Malaria in India - Number 2
Disease focus: Malaria
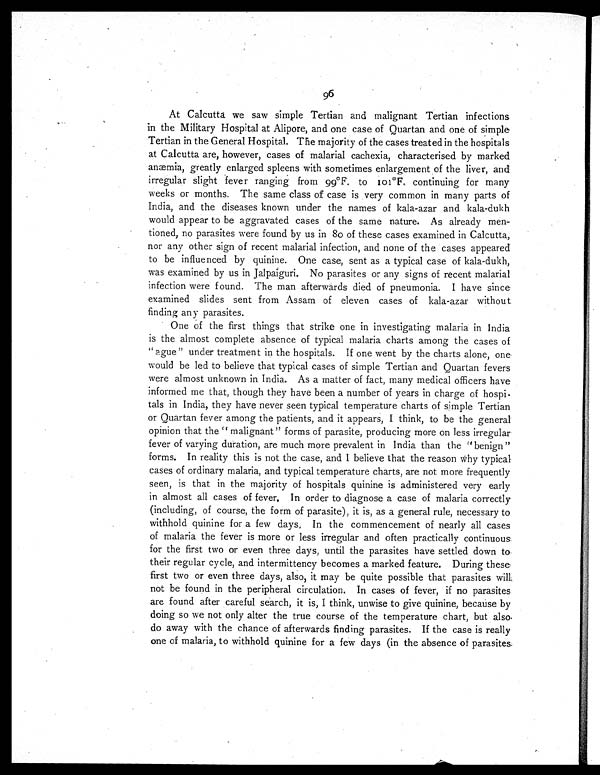
96
At Calcutta we saw simple Tertian and malignant Tertian infections
in the Military Hospital at Alipore, and one case of Quartan and one of simple
Tertian in the General Hospital. The majority of the cases treated in the hospitals
at Calcutta are, however, cases of malarial cachexia, characterised by marked
anæmia, greatly enlarged spleens with sometimes enlargement of the liver, and
irregular slight fever ranging from 99°F. to 101°F. continuing for many
weeks or months. The same class of case is very common in many parts of
India, and the diseases known under the names of kala-azar and kala-dukh
would appear to be aggravated cases of the same nature. As already men-
tioned, no parasites were found by us in 80 of these cases examined in Calcutta,
nor any other sign of recent malarial infection, and none of the cases appeared
to be influenced by quinine. One case, sent as a typical case of kala-dukh,
was examined by us in Jalpaiguri. No parasites or any signs of recent malarial
infection were found. The man afterwards died of pneumonia. I have since
examined slides sent from Assam of eleven cases of kala-azar without
finding any parasites.
One of the first things that strike one in investigating malaria in India
is the almost complete absence of typical malaria charts among the cases of
"ague" under treatment in the hospitals. If one went by the charts alone, one
would be led to believe that typical cases of simple Tertian and Quartan fevers
were almost unknown in India. As a matter of fact, many medical officers have
informed me that, though they have been a number of years in charge of hospi-
tals in India, they have never seen typical temperature charts of simple Tertian
or Quartan fever among the patients, and it appears, I think, to be the general
opinion that the "malignant" forms of parasite, producing more on less irregular
fever of varying duration, are much more prevalent in India than the "benign"
forms. In reality this is not the case, and I believe that the reason why typical
cases of ordinary malaria, and typical temperature charts, are not more frequently
seen, is that in the majority of hospitals quinine is administered very early
in almost all cases of fever. In order to diagnose a case of malaria correctly
(including, of course, the form of parasite), it is, as a general rule, necessary to
withhold quinine for a few days. In the commencement of nearly all cases
of malaria the fever is more or less irregular and often practically continuous
for the first two or even three days, until the parasites have settled down to
their regular cycle, and intermittency becomes a marked feature. During these
first two or even three days, also, it may be quite possible that parasites will
not be found in the peripheral circulation. In cases of fever, if no parasites
are found after careful search, it is, I think, unwise to give quinine, because by
doing so we not only alter the true course of the temperature chart, but also,
do away with the chance of afterwards finding parasites. If the case is really
one of malaria, to withhold quinine for a few days (in the absence of parasites.